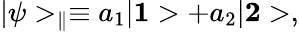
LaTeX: |\psi>_{\parallel}\equiv a_{1}|{\mathbf 1}>+a_{2}|{\mathbf 2}>,